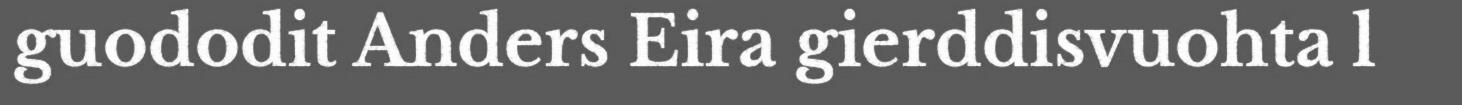
guododit Anders Eira gierddisvuohta l